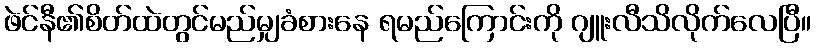
ဖဲင်နီ၏စိတ်ထဲတွင်မည်မျှခံစားနေ ရမည်ကြောင်းကို ဂျူးလီသိလိုက်လေပြီ။